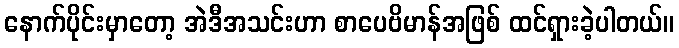
နောက်ပိုင်းမှာတော့ အဲဒီအသင်းဟာ စာပေဗိမာန်အဖြစ် ထင်ရှားခဲ့ပါတယ်။